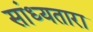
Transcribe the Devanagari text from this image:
सांध्यतारा